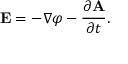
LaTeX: \mathbf { E } = - \nabla \varphi - { \frac { \partial \mathbf { A } } { \partial t } } .